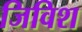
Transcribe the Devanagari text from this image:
जिविश